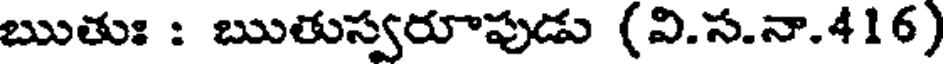
ఋతుః : ఋతుస్వరూపుడు (వి.స.నా.416)